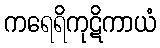
ကရေရိကုဋိကာယံ